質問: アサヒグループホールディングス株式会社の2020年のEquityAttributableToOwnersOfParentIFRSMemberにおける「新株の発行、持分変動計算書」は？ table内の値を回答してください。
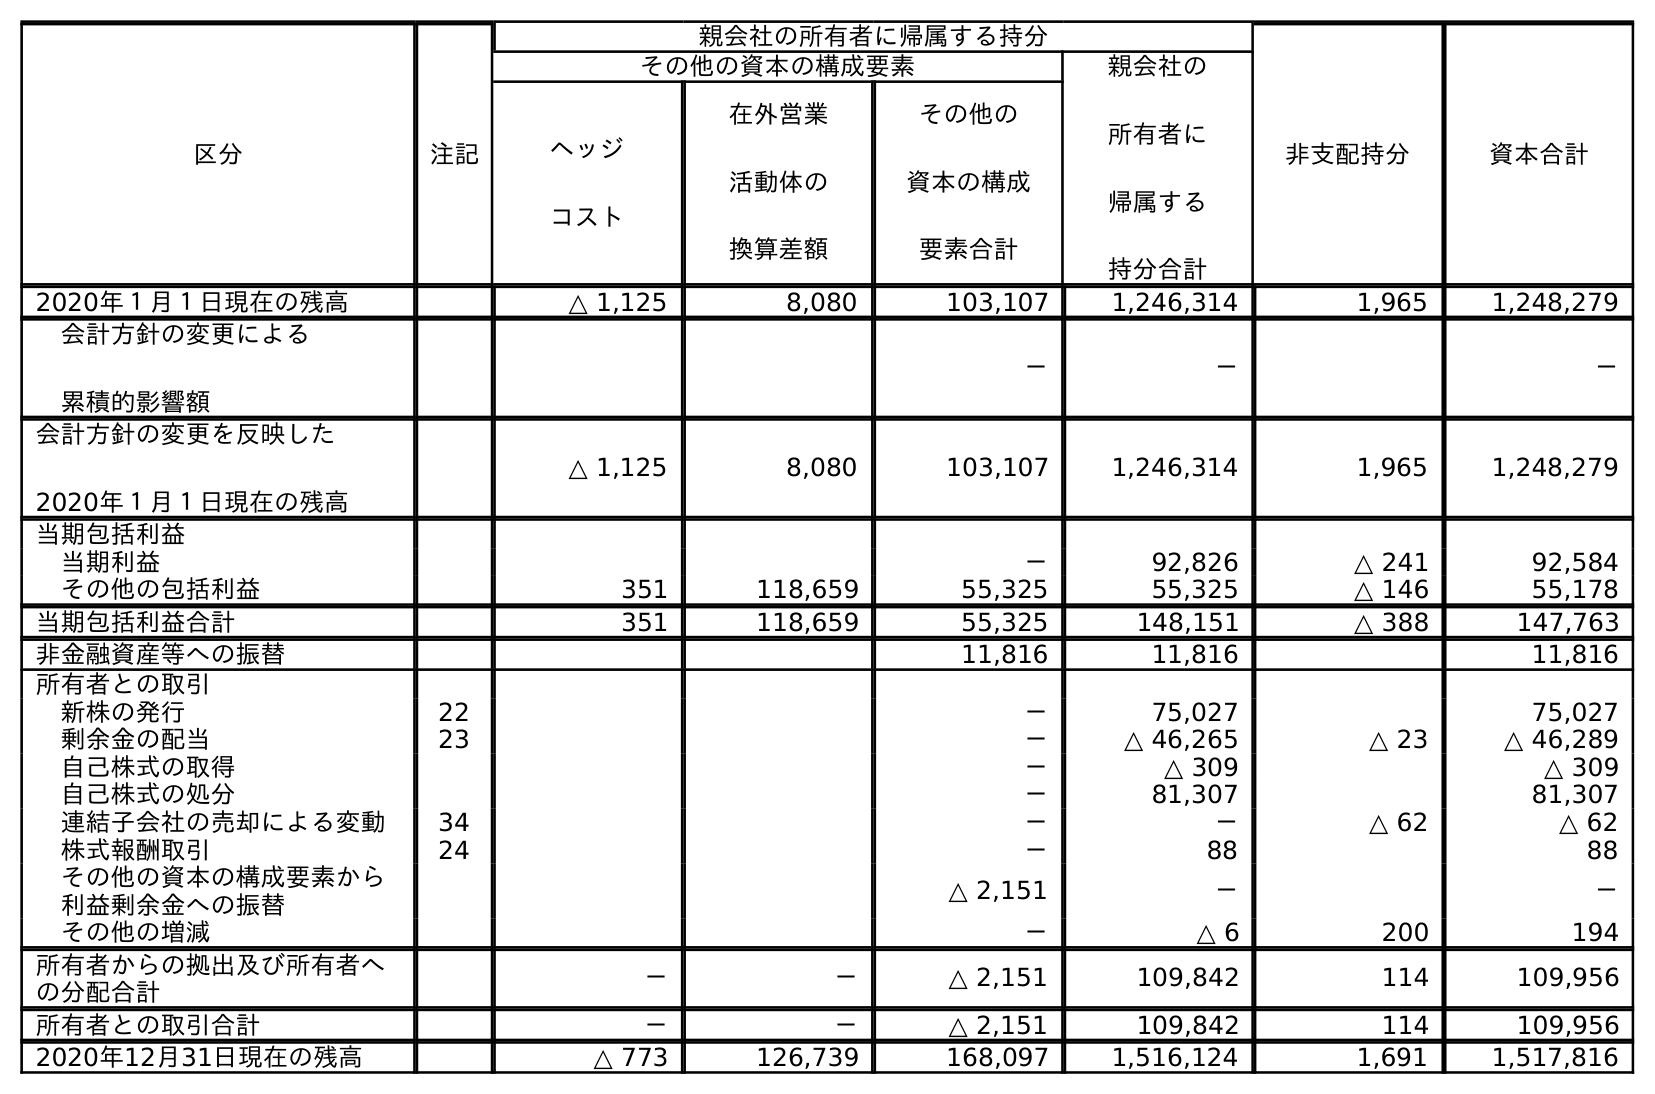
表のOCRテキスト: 区分 注記 親会社の所有者に帰属する持分 非支配持分 資本合計 その他の資本の構成要素 親会社の 所有者に 帰属する 持分合計 ヘッジ コスト 在外営業 活動体の 換算差額 その他の 資本の構成 要素合計 2020年１月１日現在の残高 △ 1,125 8,080 103,107 1,246,314 1,965 1,248,279 会計方針の変更による 累積的影響額 － － － 会計方針の変更を反映した 2020年１月１日現在の残高 △ 1,125 8,080 103,107 1,246,314 1,965 1,248,279 当期包括利益 当期利益 － 92,826 △ 241 92,584 その他の包括利益 351 118,659 55,325 55,325 △ 146 55,178 当期包括利益合計 351 118,659 55,325 148,151 △ 388 147,763 非金融資産等への振替 11,816 11,816 11,816 所有者との取引 新株の発行 22 － 75,027 75,027 剰余金の配当 23 － △ 46,265 △ 23 △ 46,289 自己株式の取得 － △ 309 △ 309 自己株式の処分 － 81,307 81,307 連結子会社の売却による変動 34 － － △ 62 △ 62 株式報酬取引 24 － 88 88 その他の資本の構成要素から 利益剰余金への振替 △ 2,151 － － その他の増減 － △ 6 200 194 所有者からの拠出及び所有者へ の分配合計 － － △ 2,151 109,842 114 109,956 所有者との取引合計 － － △ 2,151 109,842 114 109,956 2020年12月31日現在の残高 △ 773 126,739 168,097 1,516,124 1,691 1,517,816
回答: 75,027